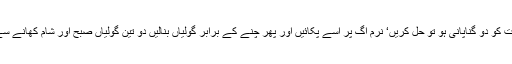
مولی کے رس میں رسونت کو دو گناپانی ہو تو حل کریں‘ نرم آگ پر اسے پکائیں اور پھر چنے کے برابر گولیاں بنالیں دو تین گولیاں صبح اور شام کھانے سے بواسیر ختم ہوجائےگی۔